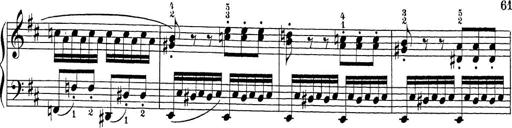
Title: Sonatina Album
Composer: Louis KÃ¶hler